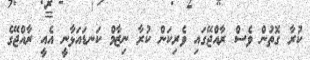
ކުރާ ގޮތުން ވެސް ރާއްޖޭގައި ވެރިކަން ކުރާ ނިޒާމް ކަނޑައަޅާނީ އެއީ ރާއްޖޭގެ